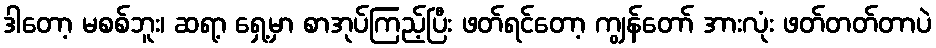
ဒါတော့ မစစ်ဘူး၊ ဆရာ့ ရှေ့မှာ စာအုပ်ကြည့်ပြီး ဖတ်ရင်တော့ ကျွန်တော် အားလုံး ဖတ်တတ်တာပဲ